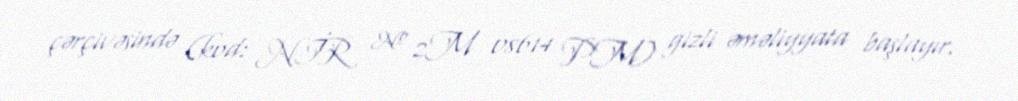
çərçivəsində (kod: NİR № 2M 08614 PM) gizli əməliyyata başlayır.